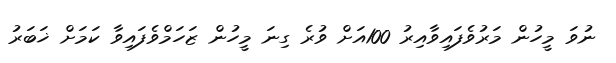
ނުވަ މީހުން މަރުވެފައިވާއިރު 100އަށް ވުރެ ގިނަ މީހުން ޒަހަމްވެފައިވާ ކަމަށް ޚަބަރު